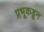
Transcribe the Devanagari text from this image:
प्रभूकडून